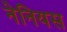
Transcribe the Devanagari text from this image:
नेनियस